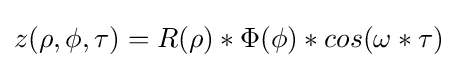
z(\rho ,\phi ,\tau )=R(\rho )*\Phi (\phi )*cos(\omega *\tau )